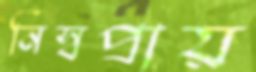
নিস্বপ্রায়